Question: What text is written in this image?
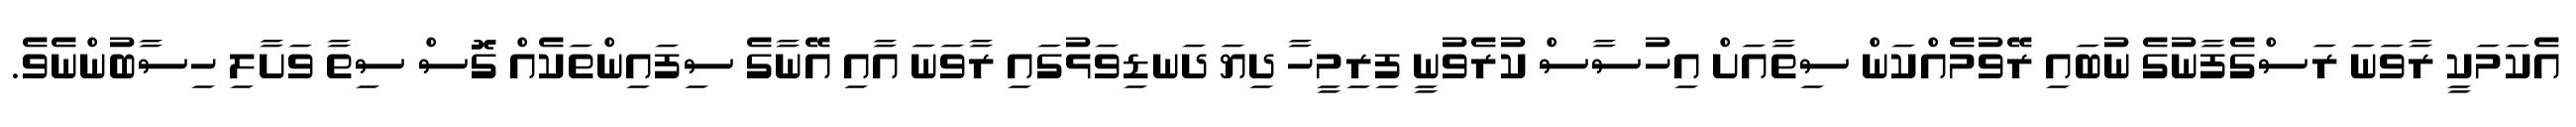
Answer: އެކަމަކީ ރާވަނަ ރަސްގެފާނުގެ ނުބައި ރޭވުމެއްކަން ސިތާއަށް އިހުސާސް ކުރެވުނީ ފިރިމީހާ ދިޔަ ދަނޑިވަޅުގައި ރާވަނަ އާއި އޭނާގެ ސިފައިންތަކެއް ގޮސް ސިތާ ވަށާލި ހިސާބުންނެވެ.